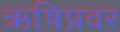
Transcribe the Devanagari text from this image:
ऋषिप्रवर